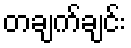
တချက်ချင်း